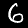
Label: 6